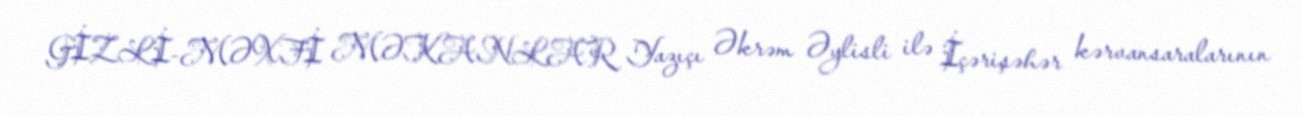
GİZLİ-MƏXFİ MƏKANLAR Yazıçı Əkrəm Əylisli ilə İçərişəhər kərvansaralarının